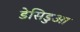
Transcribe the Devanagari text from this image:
डेसिडुआ